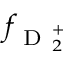
f _ { \mathrm { ~ D ~ } _ { 2 } ^ { + } }